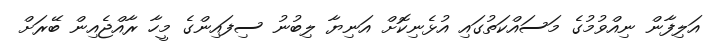
އަލިފާން ނިއްވުމުގެ މަސައްކަތުގައި އުޅެނިކޮށް އަނިޔާ ލިބުނު ސިފައިންގެ މީހާ ރާއްޖެއިން ބޭރަށް